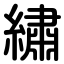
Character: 繡